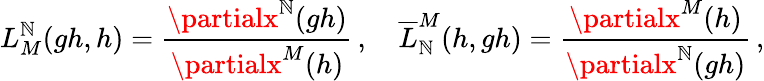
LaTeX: L_{M}^{\mathbb{N}}(gh,h)=\frac{{\partialx^{\mathbb{N}}(gh)}}{{\partialx^{M}(h)}}\, ,\quad\overline{{{{L}}}}_{\mathbb{N}}^{M}(h,gh)=\frac{{\partialx^{M}(h)}}{{\partialx^{\mathbb{N}}(gh)}}\, ,